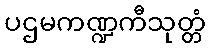
ပဌမကဏ္ဍကီသုတ္တံ